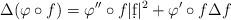
LaTeX: \begin{align*}\Delta(\varphi\circ f) = \varphi''\circ f|\d f|^2 + \varphi'\circ f\Delta f\end{align*}